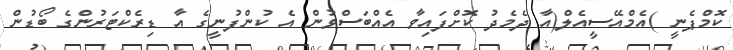
ކޮމްޕެނީ )އެމްއޭސީއެލް(އާ ދެމެދު ކޮށްފައިވާ އެއްބަސްވުން އެ ކުންފުނީގެ އާ ޑިރެކްޓަރުންގެ ބޯޑުން